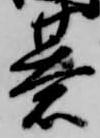
碁